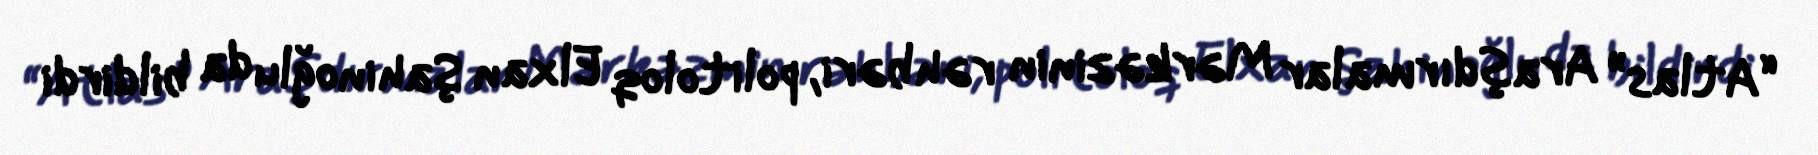
“Atlas” Araşdırmalar Mərkəzinin rəhbəri, politoloq Elxan Şahinoğlu da bildirdi